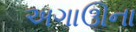
અગાઊના